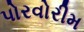
પોરવોરીમ